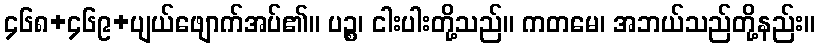
၄၆၈+၄၆၉+ပျယ်ဖျောက်အပ်၏။ ပဉ္စ၊ ငါးပါးတို့သည်။ ကတမေ၊ အဘယ်သည်တို့နည်း။